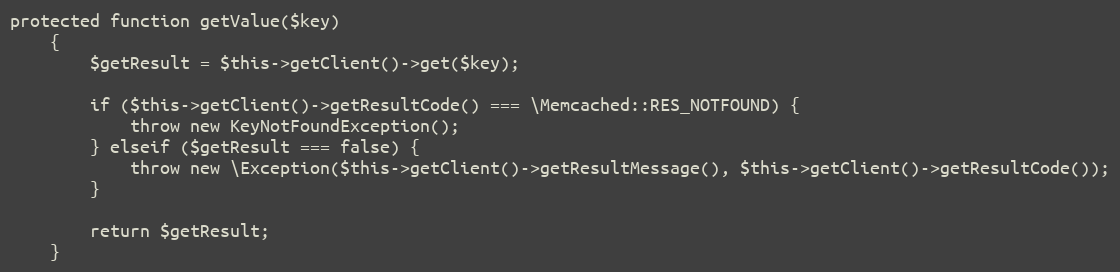
Language: PHP
protected function getValue($key)
    {
        $getResult = $this->getClient()->get($key);

        if ($this->getClient()->getResultCode() === \Memcached::RES_NOTFOUND) {
            throw new KeyNotFoundException();
        } elseif ($getResult === false) {
            throw new \Exception($this->getClient()->getResultMessage(), $this->getClient()->getResultCode());
        }

        return $getResult;
    }